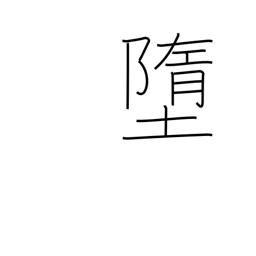
Meaning: descend to